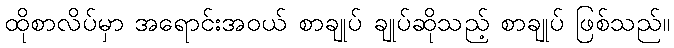
ထိုစာလိပ်မှာ အရောင်းအဝယ် စာချုပ် ချုပ်ဆိုသည့် စာချုပ် ဖြစ်သည်။